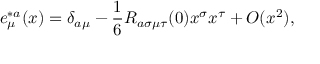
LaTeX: e _ { \mu } ^ { * a } ( x ) = \delta _ { a \mu } - { \frac { 1 } { 6 } } R _ { a \sigma \mu \tau } ( 0 ) x ^ { \sigma } x ^ { \tau } + O ( x ^ { 2 } ) ,